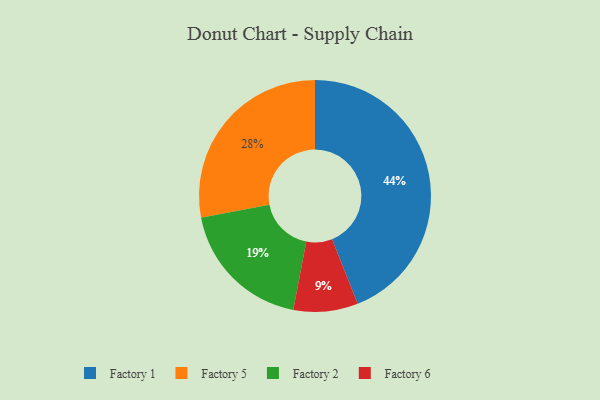
{"axis": {"x": "Category", "y": "Percentage"}, "legend": ["Factory 1", "Factory 2", "Factory 5", "Factory 6"], "data": [{"x": "Factory 1", "y": 44, "type": "Factory 1"}, {"x": "Factory 5", "y": 28, "type": "Factory 5"}, {"x": "Factory 2", "y": 19, "type": "Factory 2"}, {"x": "Factory 6", "y": 9, "type": "Factory 6"}]}